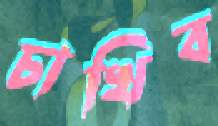
চাখিব